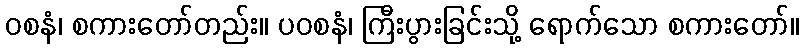
ဝစနံ၊ စကားတော်တည်း။ ပဝစနံ၊ ကြီးပွားခြင်းသို့ ရောက်သော စကားတော်။